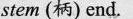
stem (柄）end.